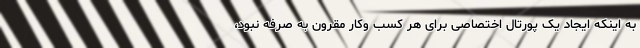
به اینکه ایجاد یک پورتال اختصاصی برای هر کسب وکار مقرون به صرفه نبود،